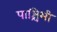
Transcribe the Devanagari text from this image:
पाश्चिमी